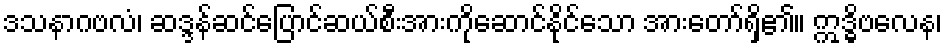
ဒသနာဂဗလံ၊ ဆဒ္ဒန်ဆင်ပြောင်ဆယ်စီးအားကိုဆောင်နိုင်သော အားတော်ရှိ၏။ ဣဒ္ဓိဗလေန၊